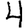
Digit: 4